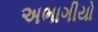
અભાગીયો